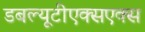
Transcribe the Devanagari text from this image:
डबल्यूटीएक्सएक्स